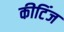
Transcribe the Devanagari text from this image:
कीटिंज